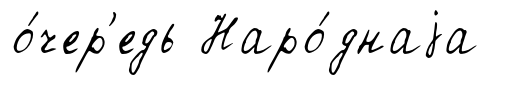
о́чер'едь Наро́днаjа